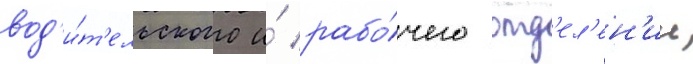
вод'и́т'ельского и́ рабо́чего отд'ел'ен'ии